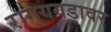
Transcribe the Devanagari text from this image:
रागयगडावर